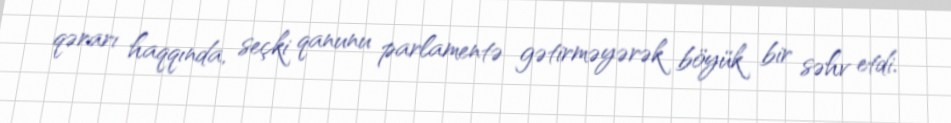
qərarı haqqında, seçki qanunu parlamentə gətirməyərək böyük bir səhv etdi.